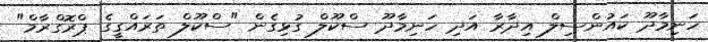
ހަނިމާދޫ ކައުންސިލް އިދާރާ އަދި ހަނިމާދޫ ސްކޫލް ގުޅިގެން "ސްކޫލް ތަރައްގީގެ ޕްރޮގްރާމް"